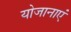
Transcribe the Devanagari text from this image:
योजानाएं